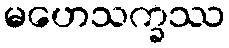
မဟေသက္ခဿ